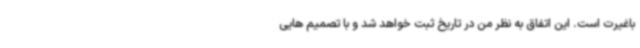
باغیرت است. این اتفاق به نظر من در تاریخ ثبت خواهد شد و با تصمیم هایی